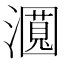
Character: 𬉛